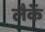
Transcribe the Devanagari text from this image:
लैकें